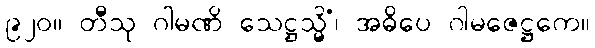
၉၂၀။ တီသု ဂါမဏိ သေဋ္ဌသ္မိံ၊ အဓိပေ ဂါမဇေဋ္ဌကေ။